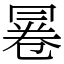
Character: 㒽